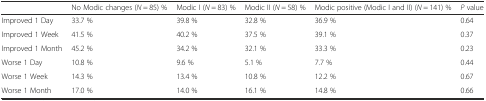
|  | No Modic changes (N = 85) % | Modic I (N = 83) % | Modic II (N = 58) % | Modic positive (Modic I and II) (N = 141) % | P value |
 | --- | --- | --- | --- | --- | --- |
 | Improved 1 Day | 33.7 % | 39.8 % | 32.8 % | 36.9 % | 0.64 |
 | Improved 1 Week | 41.5 % | 40.2 % | 37.5 % | 39.1 % | 0.37 |
 | Improved 1 Month | 45.2 % | 34.2 % | 32.1 % | 33.3 % | 0.23 |
 | Worse 1 Day | 10.8 % | 9.6 % | 5.1 % | 7.7 % | 0.44 |
 | Worse 1 Week | 14.3 % | 13.4 % | 10.8 % | 12.2 % | 0.67 |
 | Worse 1 Month | 17.0 % | 14.0 % | 16.1 % | 14.8 % | 0.66 |